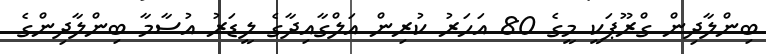
ބިންލާދިން ގްރޫޕަކީ މީގެ 80 އަހަރު ކުރިން އަލްގާއިދާގެ ލީޑަރު އުސާމާ ބިންލާދިންގެ